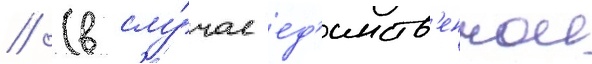
// (в слу́чае ед'инств'еннои